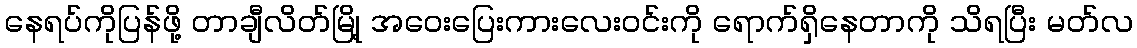
နေရပ်ကိုပြန်ဖို့ တာချီလိတ်မြို့ အဝေးပြေးကားလေးဝင်းကို ရောက်ရှိနေတာကို သိရပြီး မတ်လ